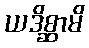
ယဒိစ္ဆာမိ